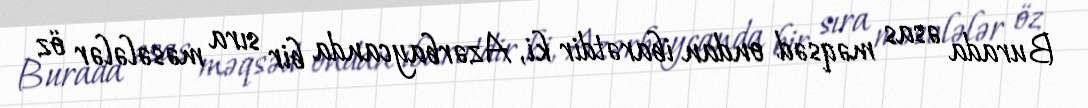
Burada əsas məqsəd ondan ibarətdir ki, Azərbaycanda bir sıra məsələlər öz